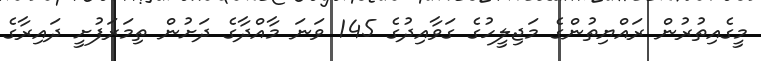
މީގެއިތުރުން ރައްޔިތުންގެ މަޖިލީހުގެ ގަވާއިދުގެ 145 ވަނަ މާއްދާގެ ދަށުން ތިމަރަފުށީ ދައިރާގެ